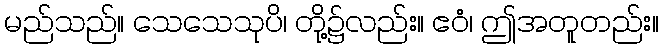
မည်သည်။ သေသေသုပိ၊ တို့၌လည်း။ ဧဝံ၊ ဤအတူတည်း။